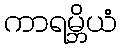
ကာရမ္ဘိယံ